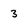
Character: 3